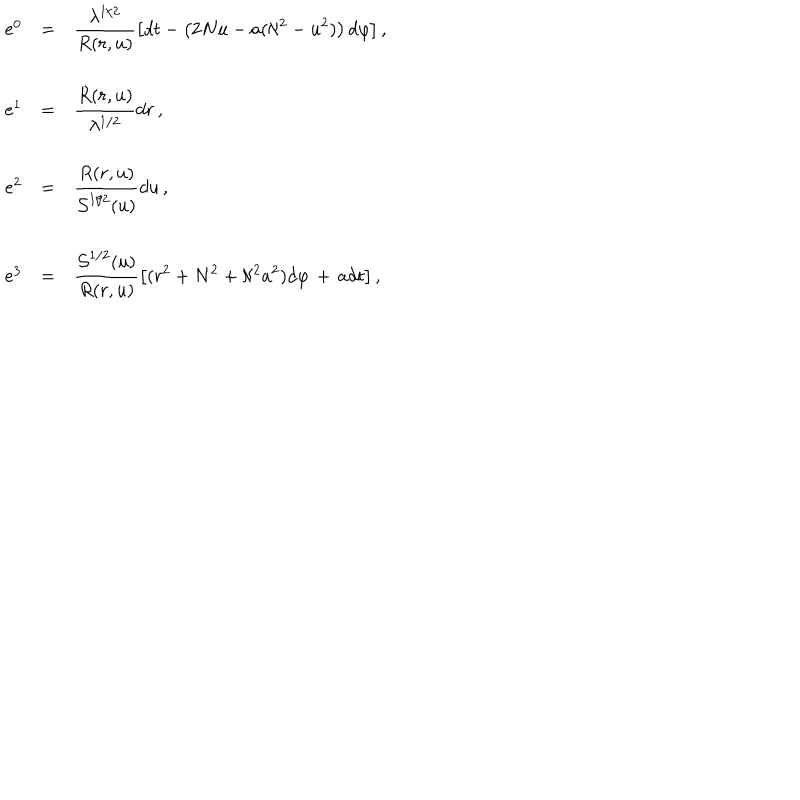
LaTeX: \begin{array} { r c l } { { e ^ { 0 } } } & { { = } } & { { { \displaystyle \frac { \lambda ^ { 1 / 2 } } { R ( r , u ) } \left[ d t - \left( 2 N u - a ( \aleph ^ { 2 } - u ^ { 2 } ) \right) d \varphi \right] } \, , } } \\ { { } } & { { } } & { { } } \\ { { e ^ { 1 } } } & { { = } } & { { { \displaystyle \frac { R ( r , u ) } { \lambda ^ { 1 / 2 } } d r } \, , } } \\ { { } } & { { } } & { { } } \\ { { e ^ { 2 } } } & { { = } } & { { { \displaystyle \frac { R ( r , u ) } { { \cal S } ^ { 1 / 2 } ( u ) } d u } \, , } } \\ { { } } & { { } } & { { } } \\ { { e ^ { 3 } } } & { { = } } & { { { \displaystyle \frac { { \cal S } ^ { 1 / 2 } ( u ) } { R ( r , u ) } \left[ ( r ^ { 2 } + N ^ { 2 } + \aleph ^ { 2 } a ^ { 2 } ) d \varphi \, + \, a d t \right] } \, , } } \\ \end{array}